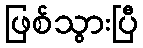
ဖြစ်သွားပြီ